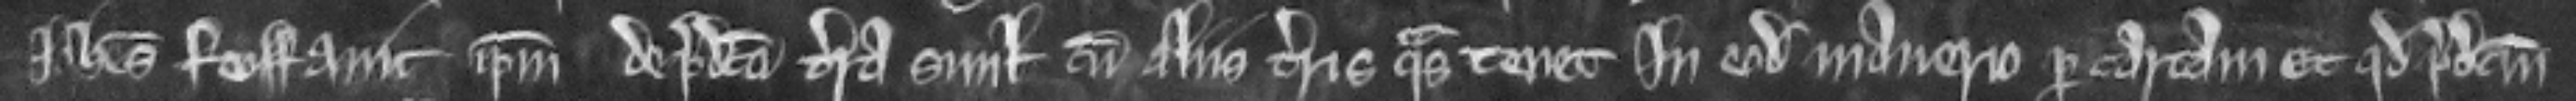
Johannes feoffavit ipsum de predicta terra simul cum aliis terris quas tenet in eodem manerio per cartam et quod predictum